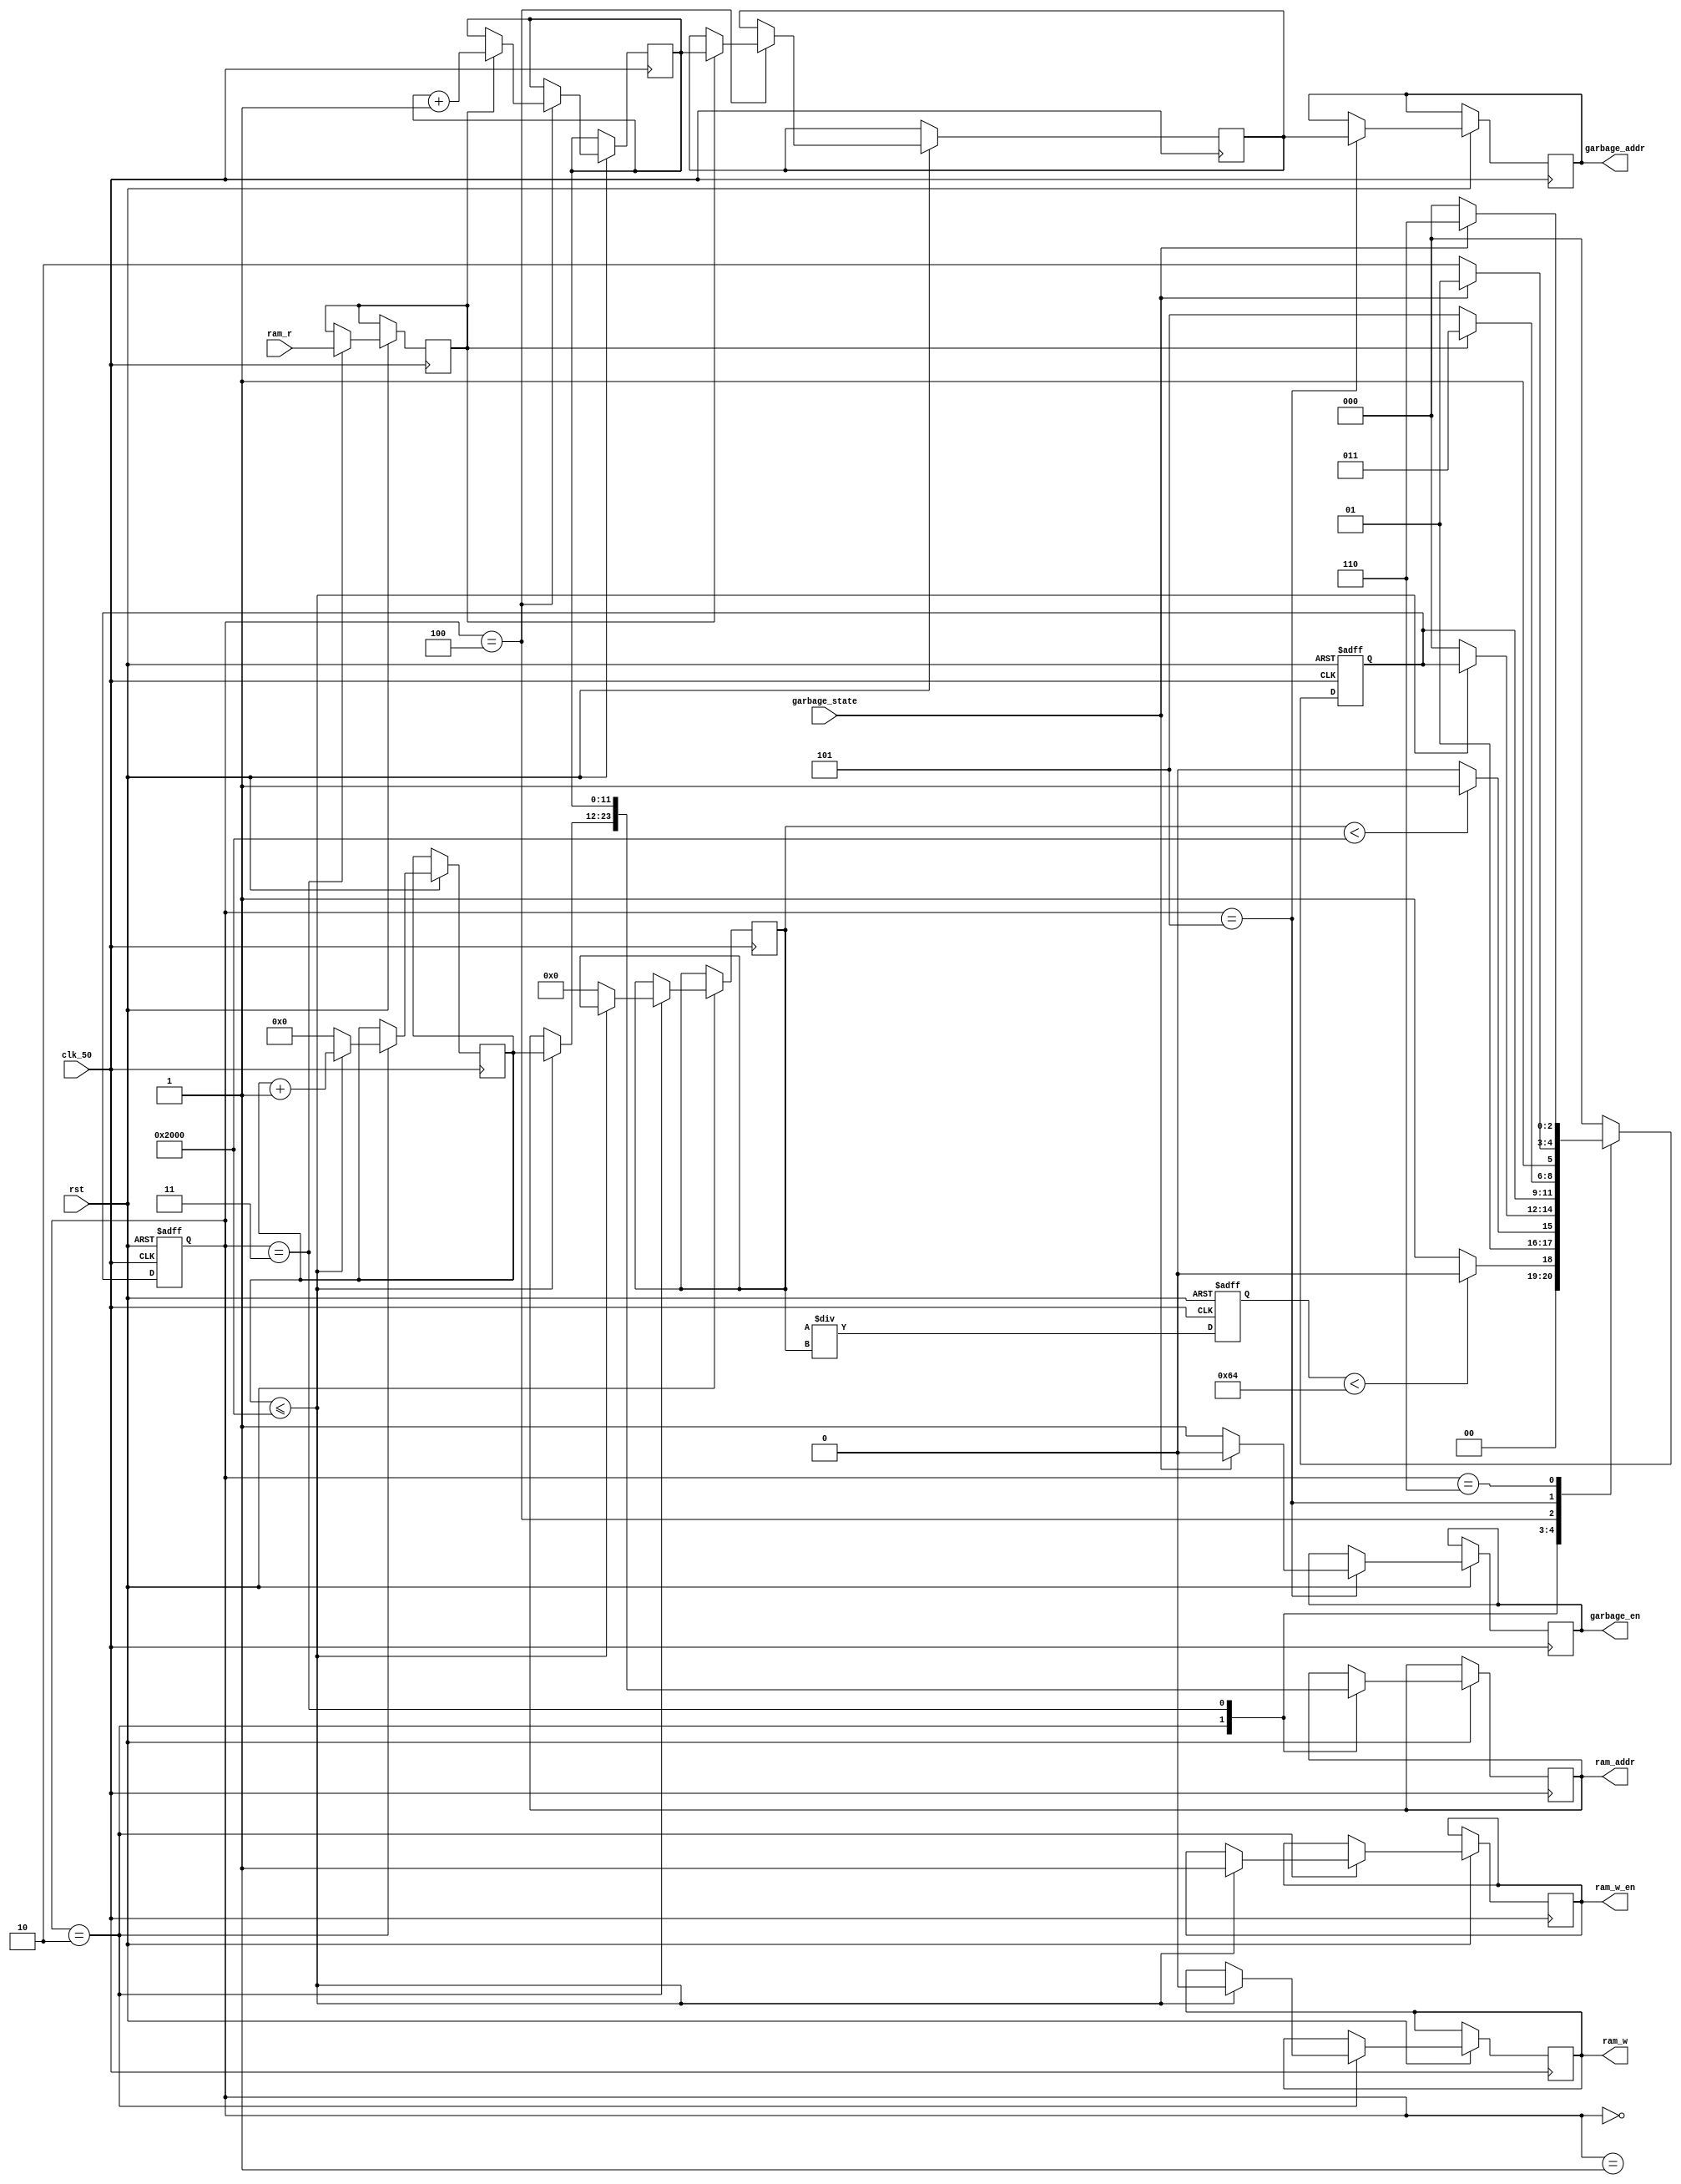
module BET_FSM (
		clk_50,
	   rst,

		// ram (BET) ports
		ram_addr,
		ram_r,
		ram_w,
		ram_w_en,
      // garbage collection ports
      garbage_en,
      garbage_state,
      garbage_addr
);
parameter T = 100;
parameter BET_size = 8192;
parameter cmp_ratio = 3'd0,
          cmp_flag_count = 3'd1,
          rst_bet = 3'd2,
          read_bet = 3'd3,
          check_flag = 3'd4,
          errase_start = 3'd5,
          errase_done = 3'd6;

input clk_50, rst;
input ram_r, garbage_state;

output ram_w, ram_w_en, garbage_en;
output [11:0] garbage_addr, ram_addr;

reg ram_w, ram_w_en, flag, garbage_en;
reg [2:0] NS,S;
reg [11:0] f_index,f_index_next, ram_addr, garbage_addr, count;
reg [31:0] e_cnt, f_cnt,ratio;


always @(posedge clk_50 or negedge rst) begin
        if (rst == 1'b0) begin
				S <= cmp_ratio;
            NS <= cmp_ratio;
				
         end else begin
				S <= NS;
            case (S)
                    cmp_ratio:
                    begin
                      if (ratio < T)
                          NS <= cmp_ratio;
                      else
                          NS <= cmp_flag_count;
                    end
                    cmp_flag_count:
                    begin
                        if (f_cnt < BET_size) 
                            NS <= read_bet;
                        else
                            NS <= rst_bet;
                    end
                    rst_bet:
                    begin
                        if (count <= BET_size) begin
                            count <= count + 1'b1;
                            ram_w_en <= 1'b1;
                            ram_w <= 1'b0;
                            ram_addr <= count;
                        end else begin
									f_cnt <= 32'd0;
									count <= 12'd0;
                           NS <= cmp_ratio;
							 end
						  end
                    read_bet:
                    begin
                        flag <= ram_r;
                        ram_addr <= f_index_next;
                    end
                    check_flag:
                    begin
                        if( flag == 1'b1) begin
                            NS <= read_bet;
                            f_index <= f_index_next;
                            f_index_next <= f_index_next + 1'b1;
                        end else begin
                            NS <= errase_start;
                        end
                    end
                    errase_start:
                    begin
                        garbage_addr <= f_index;
                        if (garbage_state == 1'b0) begin
                            garbage_en <= 1'b1;
                            NS <= errase_done;
                        end else begin
                            garbage_en <= 1'b0;
                            NS <= errase_start;
                        end
                    end
						  errase_done:
						  begin
								if (garbage_state == 1'b1) begin
									NS <= errase_done;
								end else begin
								   NS <= cmp_ratio;
								end
						  end
                    default:
                    begin
                        NS <= cmp_ratio;
                    end
            endcase
				end
end

always @ (posedge clk_50 or negedge rst) begin 
        if (rst == 1'b0) begin
                ratio <= 32'd0;
        end else begin
                ratio <= e_cnt / f_cnt;
        end
end
endmodule